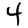
Digit: 4